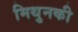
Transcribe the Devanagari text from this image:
मिथुनकी